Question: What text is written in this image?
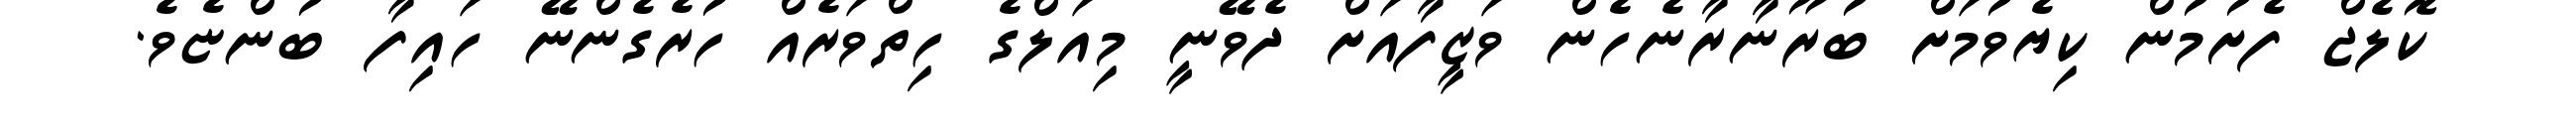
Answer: ކޮލެޖް ފެށުމުން ކިޔެވުމަށް ބުރޫނާރާނެހެން ވަޒީފާއަށް ދެވޭނީ މިއަލްގެ ހިތްވަރެއް ހުރެގެންނޭ ހައިފާ ބުންޏެވެ.